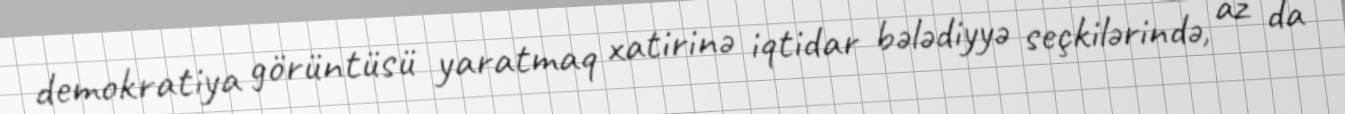
demokratiya görüntüsü yaratmaq xatirinə iqtidar bələdiyyə seçkilərində, az da